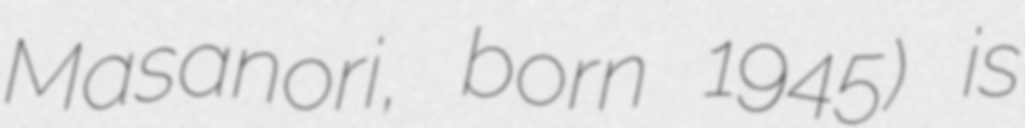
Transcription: Masanori, born 1945) is